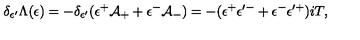
\delta _ { \epsilon ^ { \prime } } \Lambda ( \epsilon ) = - \delta _ { \epsilon ^ { \prime } } ( \epsilon ^ { + } \mathcal { A } _ { + } + \epsilon ^ { - } \mathcal { A } _ { - } ) = - ( \epsilon ^ { + } \epsilon ^ { \prime - } + \epsilon ^ { - } \epsilon ^ { \prime + } ) i T ,